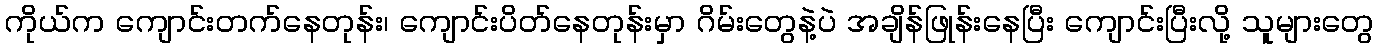
ကိုယ်က ကျောင်းတက်နေတုန်း၊ ကျောင်းပိတ်နေတုန်းမှာ ဂိမ်းတွေနဲ့ပဲ အချိန်ဖြုန်းနေပြီး ကျောင်းပြီးလို့ သူများတွေ